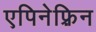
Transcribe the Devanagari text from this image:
एपिनेफ़्रिन